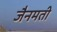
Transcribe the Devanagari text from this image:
जैनमती